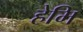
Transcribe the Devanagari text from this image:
हेमि